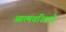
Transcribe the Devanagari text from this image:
आत्मचरित्राने